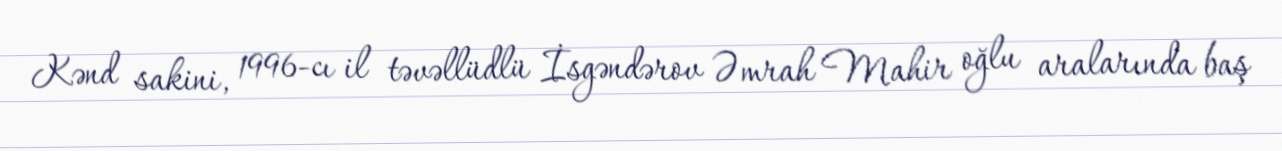
Kənd sakini, 1996-cı il təvəllüdlü İsgəndərov Əmrah Mahir oğlu aralarında baş